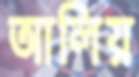
আলিয়